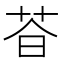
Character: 𬜩